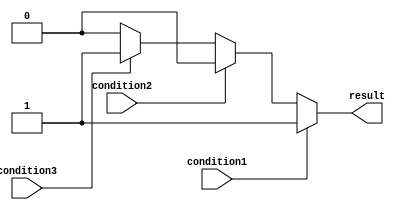
module priority_case_statement (
    input wire condition1,
    input wire condition2,
    input wire condition3,
    output reg result
);

always @ (*)
begin
    case (1)
        condition1: result = 1;
        condition2: result = 2;
        condition3: result = 3;
        default: result = 0;
    endcase
end

endmodule